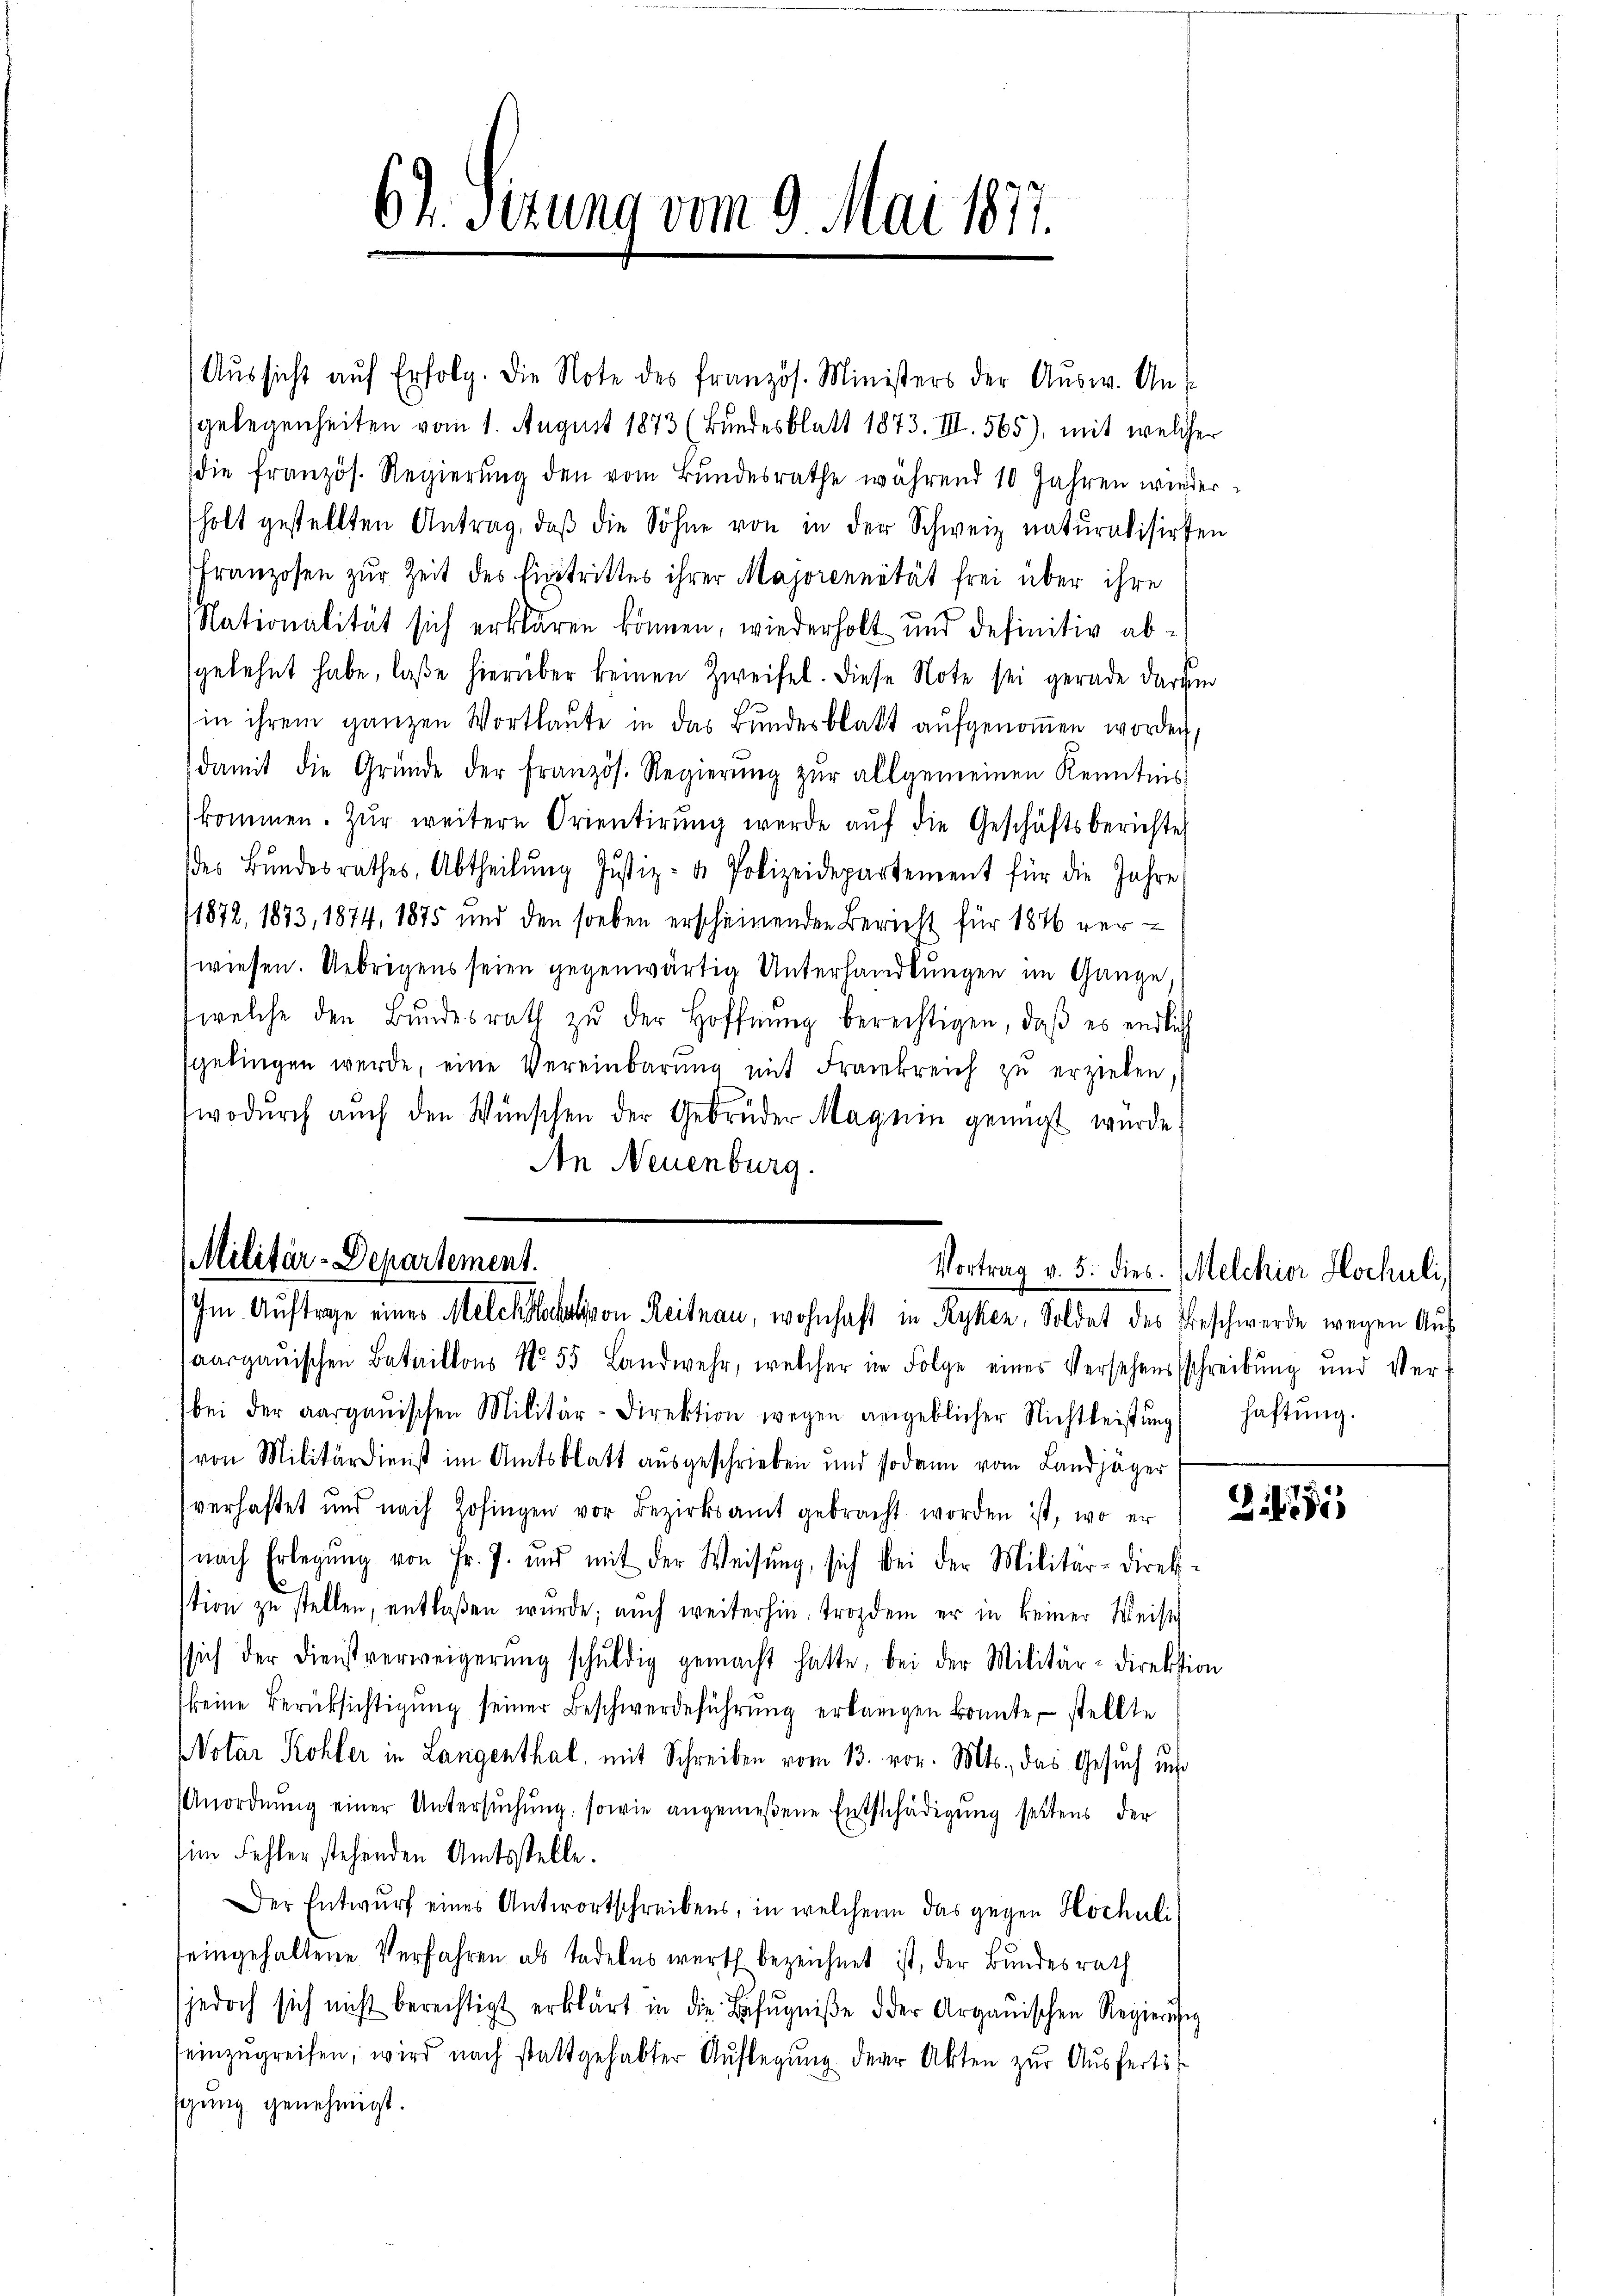
6. Sizung vom 9. Mai 1877.

Aussicht auf Erfolg. Die Note des französ. Ministers der Ausw. Angelegenheiten vom 1. August 1873 (Bundesblatt 1873. III. 565), mit welcher
die französ. Regierung den vom Bundesrathe während 10 Jahren wieder
holt gestellten Antrag, daβ die Söhne von in der Schweiz naturalisirten
Franzosen zur Zeit des Eintrittes ihrer Majorennetät frei über ihre
Nationalität sich erklären können, wiederholt und definitiv absgelehnt habe, laße hierüber keinen Zweifel. Diese Note sei gerade darum
in ihrem ganzen Wortlaute in das Bundesblatt aŭfgenoṁen worden,
damit die Gründe der Französ. Regierŭng zŭr allgemeinen Kenntnis
kommen. Zŭr weitere Orientirŭng werde aŭf die Geschäftsberichte
des Bŭndesrathes, Abtheilŭng Justiz- & Polizeidepartement für die Jahre
1872, 1873, 1874, 1875 und den soeben erscheinenden Bericht für 1876 verwiesen. Uebrigens seien gegenwärtig Unterhandlungen im Gange,
welche den Bŭndesrath zŭ der Hoffnŭng berechtigen, daß es endlich
sgelingen werde, eine Vereinbarŭng mit Frankreich zŭ erzielen,
wodŭrch aŭch den Wünschen der Gebrüder Magnie genügt wurde.
An Neuenburg.

Militär-Departement.
Im Auftrage eines Melchslocation Reitnau, wohnhaft in Ryken, Soldat des Beschwerde wegen Aus¬

Vortrag v. 5. dies. Melchior Hochuli)

aargauischen Bataillons No. 55. Landwehr, welcher in Folge eines Versehensschreibung und Ver-
bei der aargauischen Militär-Direktion wegen angeblicher Nichtleistŭng haftŭng.
von Militärdienst im Amtsblatt ausgeschrieben und sodann vom Landjäger
verhaftet und nach Zofingen vor Bezirksamt gebracht worden ist, wo er Leides
nach Erlegung von Fr. J. und mit der Weisŭng, sich bei der Militär-Direkstion zu stellen, entlaßen wurde; auch weiterhin, trozdem er in keiner Weister
ssich der Dienstverweigerŭng schŭldig gemacht hatte, bei der Militär-Direktion
keine Berücksichtigŭng seiner Beschwerdeführŭng erlangen konnte, stellte
Notar Kohler in Langenthal, mit Schreiben vom 13. vor. Mts., das Gesuch um
Anordnŭng einer Untersŭchŭng, sowie angemeßene Entschädigung seitens der
im Fehler stehenden Amtsstelle.
Der Entwurf eines Antwortschreibens, in welchen das gegen Hochuli
seingehaltene Verfahren als tadelns werth bezeichnet ist, der Bundesrath
jedoch sich nicht berechtigt erklärt in die Befugniße der Argauischen Regierŭng
seinzŭgreifen, wird nach stattgehabter Auflegŭng derer Akten zur Ausferti
gung genehmigt.

5